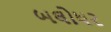
બલોધર